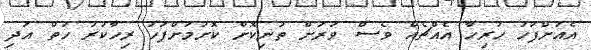
އެއަށްފަހު ހުރިހާ އެއްޗެއް ވެސް ވަރަށް ތުނިކޮށް ކޮށުމަށްފަހު ރިހާކުރު ހުތް އަދި